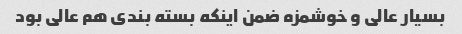
بسیار عالی و خوشمزه ضمن اینکه بسته بندی هم عالی بود